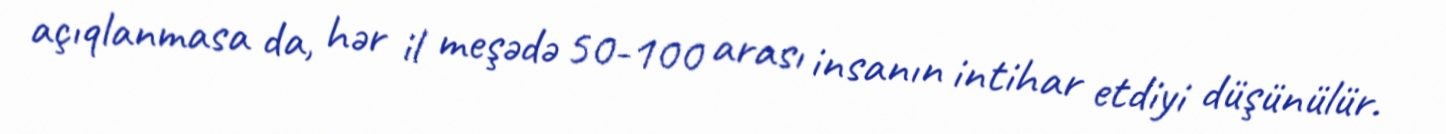
açıqlanmasa da, hər il meşədə 50-100 arası insanın intihar etdiyi düşünülür.